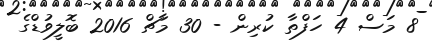
8 މަސް 4 ހަފްތާ ކުރިން - 30 މާޗް 2016 ބޮލީވުޑްގެ